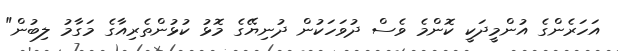
އަހަރެންގެ އުންމީދަކީ ކޮންމެ ވެސް ދުވަހަކުން ދުނިޔޭގެ މޮޅު ކުޅުންތެރިއާގެ މަގާމު ލިބުން"